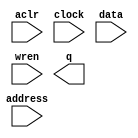
module SigMem (
	aclr,
	address,
	clock,
	data,
	wren,
	q);

	input	  aclr;
	input	[13:0]  address;
	input	  clock;
	input	[31:0]  data;
	input	  wren;
	output	[31:0]  q;
`ifndef ALTERA_RESERVED_QIS
// synopsys translate_off
`endif
	tri0	  aclr;
	tri1	  clock;
`ifndef ALTERA_RESERVED_QIS
// synopsys translate_on
`endif

endmodule